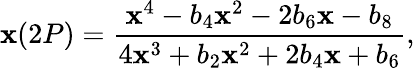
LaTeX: \mathbf{x}(2P)=\frac{{\mathbf{x}^{4}-b_{4}\mathbf{x}^{2}-2b_{6}\mathbf{x}-b_{8}}}{{4\mathbf{x}^{3}+b_{2}\mathbf{x}^{2}+2b_{4}\mathbf{x}+b_{6}}},